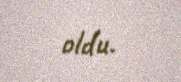
oldu.